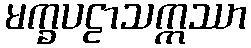
မက္ခပဠာသဣဿာ